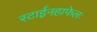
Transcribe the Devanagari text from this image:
स्टाईनहाफेलः